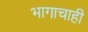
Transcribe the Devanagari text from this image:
भागाचाही